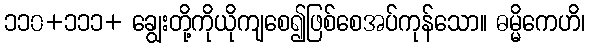
၁၁၀+၁၁၁+ ချွေးတို့ကိုယိုကျစေ၍ဖြစ်စေအပ်ကုန်သော။ ဓမ္မိကေဟိ၊